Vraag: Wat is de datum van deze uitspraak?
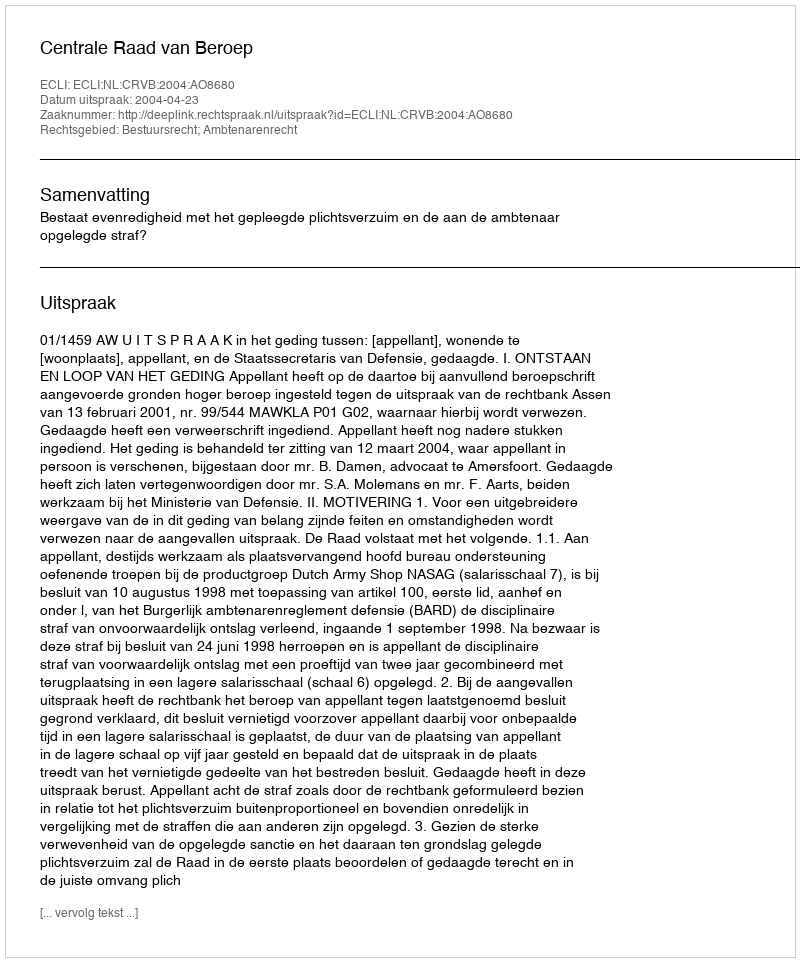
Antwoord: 2004-04-23